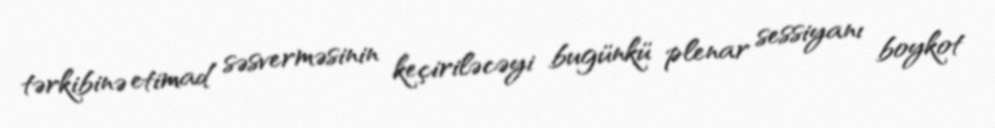
tərkibinə etimad səsverməsinin keçiriləcəyi bugünkü plenar sessiyanı boykot